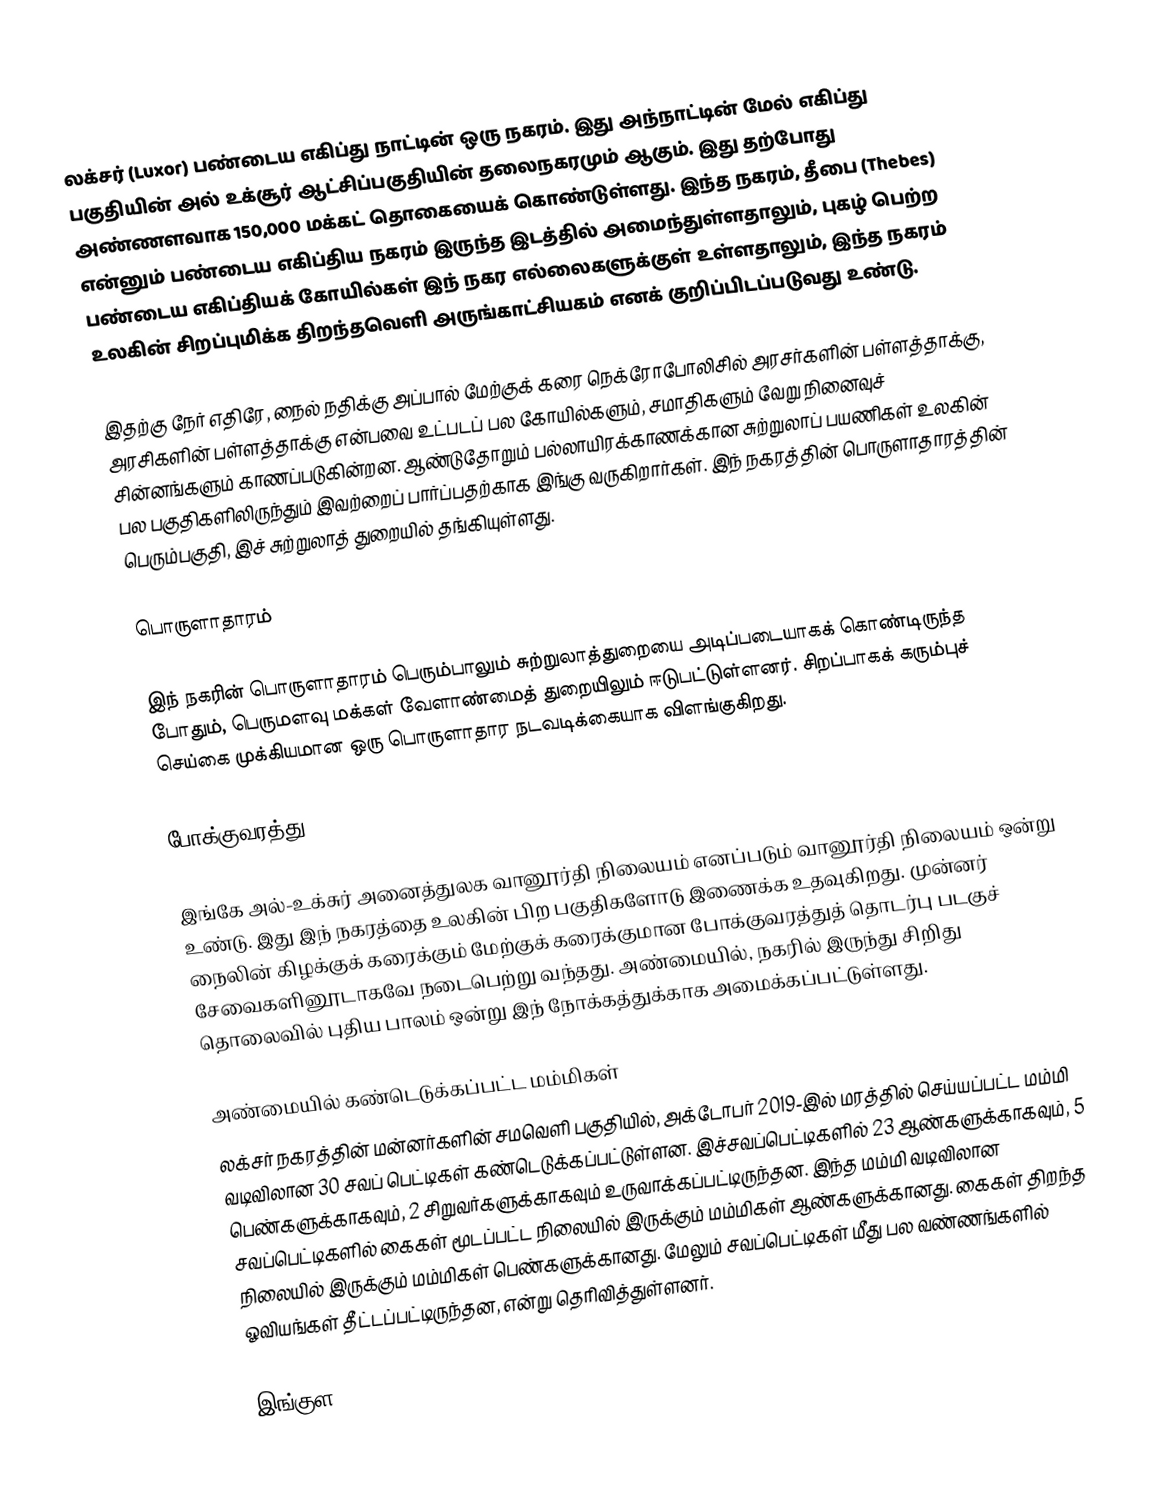
லக்சர் (Luxor)  பண்டைய எகிப்து நாட்டின் ஒரு நகரம். இது அந்நாட்டின் மேல் எகிப்து பகுதியின் அல் உக்சூர் ஆட்சிப்பகுதியின் தலைநகரமும் ஆகும். இது தற்போது அண்ணளவாக 150,000 மக்கட் தொகையைக் கொண்டுள்ளது. இந்த நகரம், தீபை (Thebes) என்னும் பண்டைய எகிப்திய நகரம் இருந்த இடத்தில் அமைந்துள்ளதாலும், புகழ் பெற்ற பண்டைய எகிப்தியக் கோயில்கள் இந் நகர எல்லைகளுக்குள் உள்ளதாலும், இந்த நகரம் உலகின் சிறப்புமிக்க திறந்தவெளி அருங்காட்சியகம் எனக் குறிப்பிடப்படுவது உண்டு.

இதற்கு நேர் எதிரே, நைல் நதிக்கு அப்பால் மேற்குக் கரை நெக்ரோபோலிசில் அரசர்களின் பள்ளத்தாக்கு, அரசிகளின் பள்ளத்தாக்கு என்பவை உட்படப் பல கோயில்களும், சமாதிகளும் வேறு நினைவுச் சின்னங்களும் காணப்படுகின்றன. ஆண்டுதோறும் பல்லாயிரக்காணக்கான சுற்றுலாப் பயணிகள் உலகின் பல பகுதிகளிலிருந்தும் இவற்றைப் பார்ப்பதற்காக இங்கு வருகிறார்கள். இந் நகரத்தின் பொருளாதாரத்தின் பெரும்பகுதி, இச் சுற்றுலாத் துறையில் தங்கியுள்ளது.

பொருளாதாரம்

இந் நகரின் பொருளாதாரம் பெரும்பாலும் சுற்றுலாத்துறையை அடிப்படையாகக் கொண்டிருந்த போதும், பெருமளவு மக்கள் வேளாண்மைத் துறையிலும் ஈடுபட்டுள்ளனர். சிறப்பாகக் கரும்புச் செய்கை முக்கியமான ஒரு பொருளாதார நடவடிக்கையாக விளங்குகிறது.

போக்குவரத்து

இங்கே அல்-உக்சுர் அனைத்துலக வானூர்தி நிலையம் எனப்படும் வானூர்தி நிலையம் ஒன்று உண்டு. இது இந் நகரத்தை உலகின் பிற பகுதிகளோடு இணைக்க உதவுகிறது. முன்னர் நைலின் கிழக்குக் கரைக்கும் மேற்குக் கரைக்குமான போக்குவரத்துத் தொடர்பு படகுச் சேவைகளினூடாகவே நடைபெற்று வந்தது. அண்மையில், நகரில் இருந்து சிறிது தொலைவில் புதிய பாலம் ஒன்று இந் நோக்கத்துக்காக அமைக்கப்பட்டுள்ளது.

அண்மையில் கண்டெடுக்கப்பட்ட மம்மிகள்
லக்சர் நகரத்தின் மன்னர்களின் சமவெளி பகுதியில், அக்டோபர் 2019-இல் மரத்தில் செய்யப்பட்ட மம்மி வடிவிலான 30 சவப் பெட்டிகள் கண்டெடுக்கப்பட்டுள்ளன. இச்சவப்பெட்டிகளில் 23 ஆண்களுக்காகவும், 5 பெண்களுக்காகவும், 2 சிறுவர்களுக்காகவும் உருவாக்கப்பட்டிருந்தன. இந்த மம்மி வடிவிலான சவப்பெட்டிகளில் கைகள் மூடப்பட்ட நிலையில் இருக்கும் மம்மிகள் ஆண்களுக்கானது. கைகள் திறந்த நிலையில் இருக்கும் மம்மிகள் பெண்களுக்கானது. மேலும் சவப்பெட்டிகள் மீது பல வண்ணங்களில் ஓவியங்கள் தீட்டப்பட்டிருந்தன, என்று தெரிவித்துள்ளனர்.

இங்குள